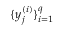
\{ y _ { j } ^ { ( i ) } \} _ { i = 1 } ^ { q }